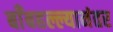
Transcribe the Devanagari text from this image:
बाँबहल्ल्यानंतर